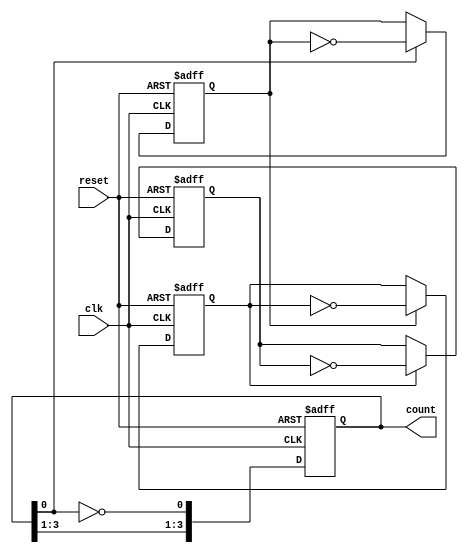
module async_counter #(parameter N = 4) (
    input wire clk,          // Clock input
    input wire reset,        // Asynchronous reset input
    output reg [N-1:0] count // N-bit output count
);

// Always block for the flip-flops
always @(posedge clk or posedge reset) begin
    if (reset) begin
        // Asynchronous reset
        count <= 0;
    end else begin
        // Counting mechanism
        count[0] <= ~count[0]; // Toggle LSB
    end
end

// Additional always blocks for other bits
genvar i;
generate
    for (i = 1; i < N; i = i + 1) begin: counter_bit
        always @(posedge clk or posedge reset) begin
            if (reset) begin
                count[i] <= 0; // Reset other bits
            end else begin
                // Toggle current bit only if the previous bit is transitioning from high to low
                if (count[i-1] == 1) begin
                    count[i] <= ~count[i]; // Toggle the current bit
                end
            end
        end
    end
endgenerate

endmodule